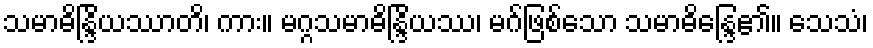
သမာဓိန္ဒြိယဿာတိ၊ ကား။ မဂ္ဂသမာဓိန္ဒြိယဿ၊ မဂ်ဖြစ်သော သမာဓိန္ဒြေ၏။ သေသံ၊